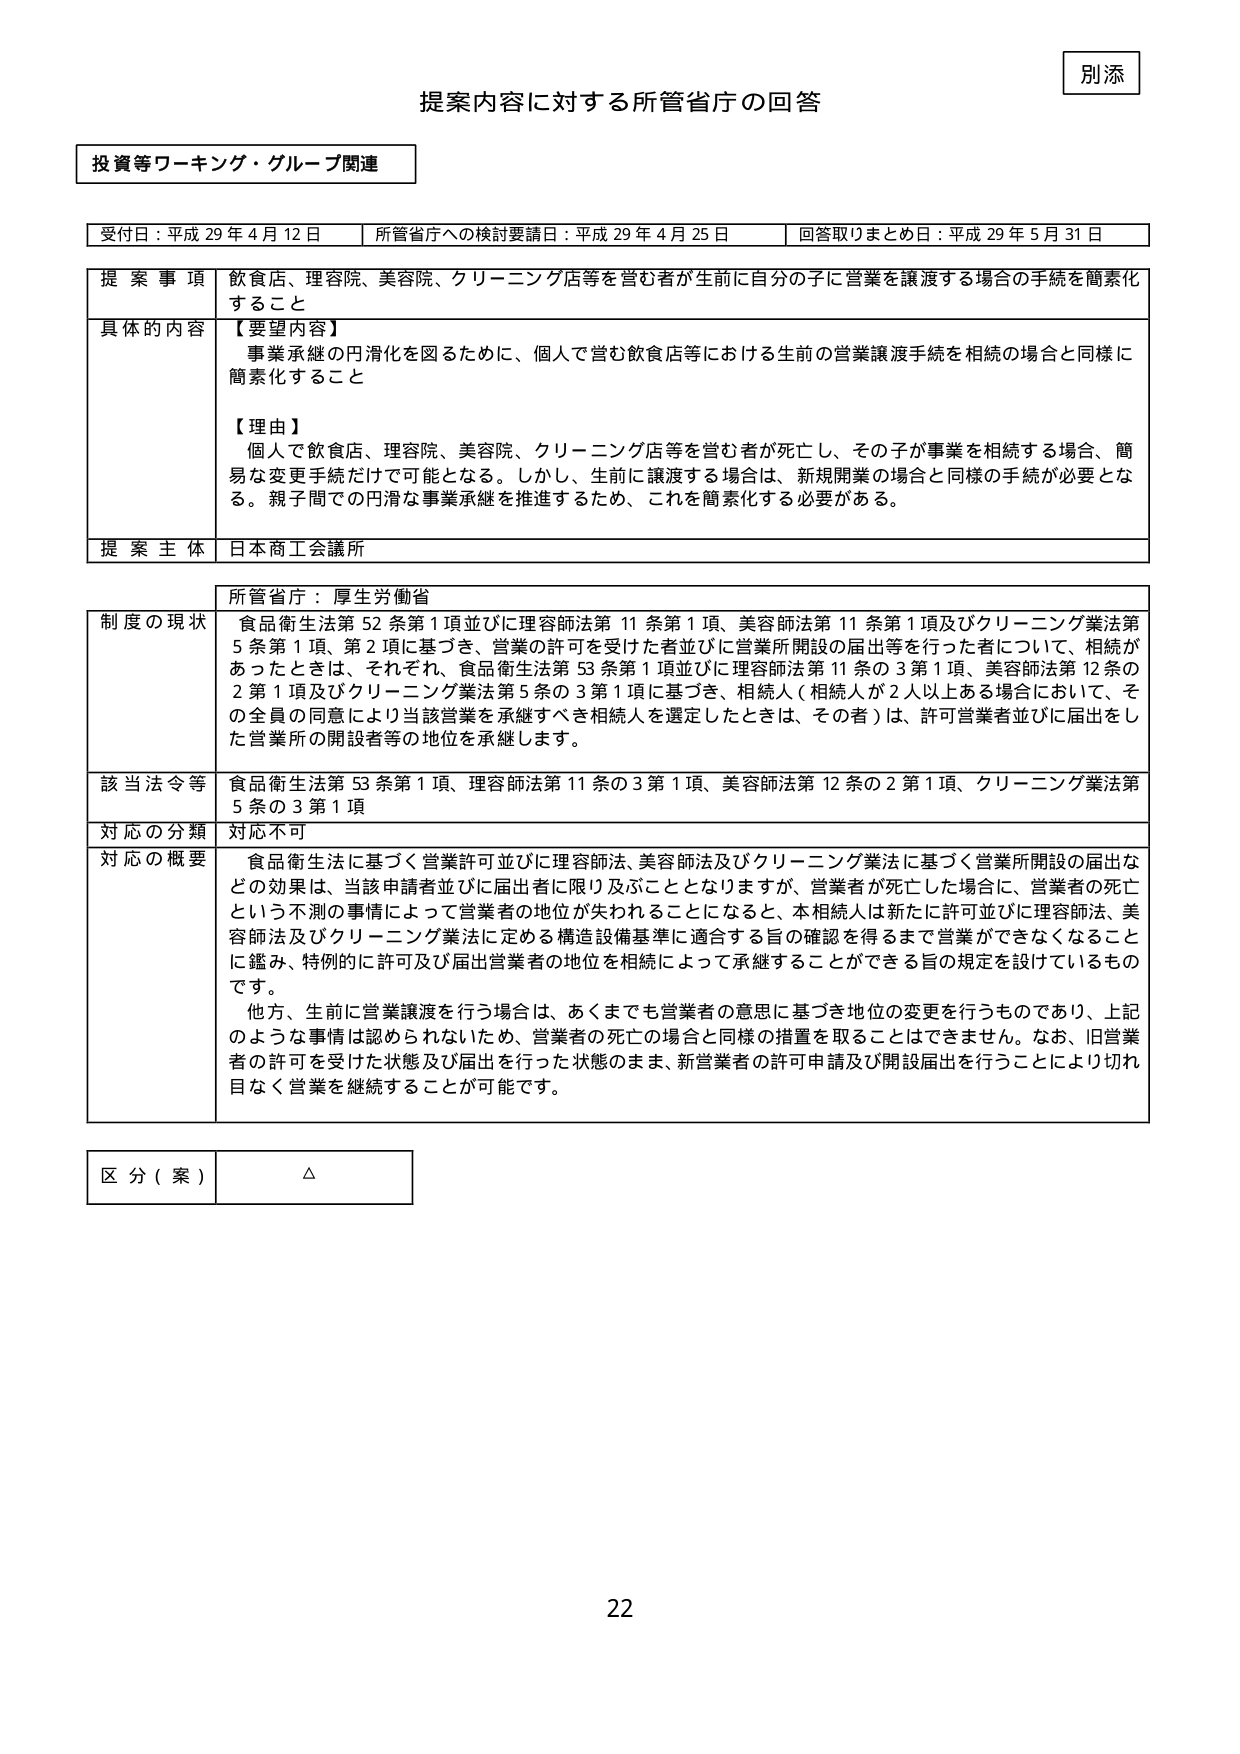
別添

提案内容に対する所管省庁の回答

投資等ワーキング・グループ関連

受付日：平成29年4月12日　所管省庁への検討要請日：平成29年4月25日　回答取りまとめ日：平成29年5月31日

提 案 事 項　飲食店、理容院、美容院、クリーニング店等を営む者が生前に自分の子に営業を譲渡する場合の手続を簡素化すること

具体的な内容　【要望内容】
事業承継の円滑化を図るために、個人で営む飲食店等における生前の営業譲渡手続を相続の場合と同様に簡素化すること

【理由】
個人で飲食店、理容院、美容院、クリーニング店等を営む者が死亡し、その子が事業を相続する場合、簡易な変更手続だけで可能となる。しかし、生前に譲渡する場合は、新規開業の場合と同様の手続が必要となる。親子間での円滑な事業承継を推進するため、これを簡素化する必要がある。

提 案 主 体　日本商工会議所

所管省庁：厚生労働省

制度の現状　食品衛生法第52条第1項並びに理容師法第11条第1項、美容師法第11条第1項及びクリーニング業法第5条第1項、第2項に基づき、営業の許可を受けた者並びに営業所開設の届出等を行った者について、相続があったときは、それぞれ、食品衛生法第53条第1項並びに理容師法第11条の3第1項、美容師法第12条の2第1項及びクリーニング業法第5条の3第1項に基づき、相続人（相続人が2人以上ある場合において、その全員の同意により当該営業を承継すべき相続人を選定したときは、その者）は、許可営業者並びに届出をした営業所の開設者等の地位を承継します。

該当法令等　食品衛生法第53条第1項、理容師法第11条の3第1項、美容師法第12条の2第1項、クリーニング業法第5条の3第1項

対応の分類　対応不可

対応の概要　食品衛生法に基づく営業許可並びに理容師法、美容師法及びクリーニング業法に基づく営業所開設の届出などの効果は、当該申請者並びに届出者に限り及ぶこととなります。営業者が死亡した場合に、営業者の死亡という不測の事情によって営業者の地位が失われることになるため、本相続人は新たに許可並びに理容師法、美容師法及びクリーニング業法に定める構造設備基準に適合する旨の確認を得るまで営業ができなくなることに鑑み、特例的に許可及び届出営業者の地位を相続によって承継することができる旨の規定を設けているものです。

他方、生前に営業譲渡を行う場合は、あくまでも営業者の意思に基づき地位の変更を行うものであり、上記のような事情は認められないため、営業者の死亡の場合と同様の措置を取ることはできません。なお、旧営業者の許可を受けた状態及び届出を行った状態のまま、新営業者の許可申請及び開設届出を行うことにより切れ目なく営業を継続することが可能です。

区 分（案）　△

22